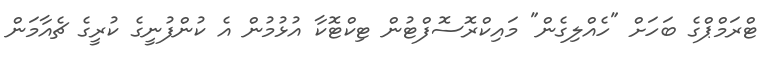
ޓްރަމްޕްގެ ބަހަށް "ހެއްލިގެން" މައިކްރޮސޮފްޓުން ޓިކްޓޮކާ އުޅުމުން އެ ކުންފުނީގެ ކުރީގެ ޗެއާމަން